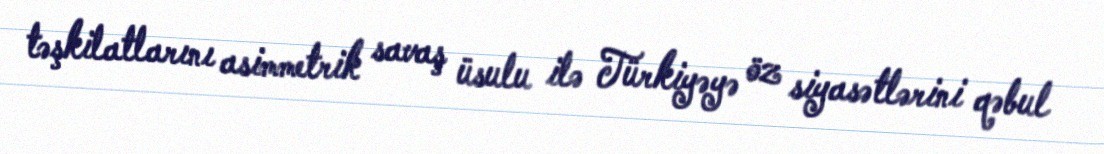
təşkilatlarını asimmetrik savaş üsulu ilə Türkiyəyə öz siyasətlərini qəbul